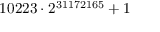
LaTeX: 1 0 2 2 3 \cdot 2 ^ { 3 1 1 7 2 1 6 5 } + 1